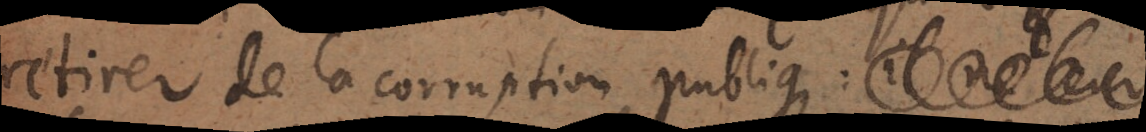
retirer de la corruption publique : il ne leur